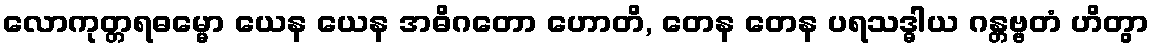
လောကုတ္တရဓမ္မော ယေန ယေန အဓိဂတော ဟောတိ, တေန တေန ပရသဒ္ဓါယ ဂန္တဗ္ဗတံ ဟိတွာ